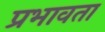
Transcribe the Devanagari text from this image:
प्रभावता